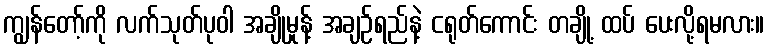
ကျွန်တော့်ကို လက်သုတ်ပုဝါ အချိုမှုန့် အချဉ်ရည်နဲ့ ငရုတ်ကောင်း တချို့ ထပ် ပေးလို့ရမလား။